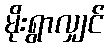
မိုးရွာလျှင်